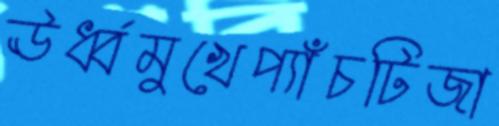
ঊর্ধ্বমুখেপ্যাঁচটিজা